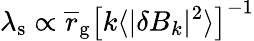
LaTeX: \lambda_{\mathrm{s}}\propto\overline{r}_{\mathrm{g}}\left[k\langle\vert\delta B_{k}\vert^{2}\rangle\right]^{-1}